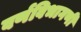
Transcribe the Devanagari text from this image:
वर्णविभागणी